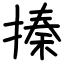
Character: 搸